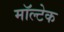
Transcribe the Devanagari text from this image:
मॉल्टेक